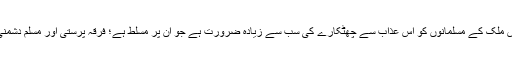
فی الحال اس ملک کے مسلمانوں کو اس عذاب سے چھٹکارے کی سب سے زیادہ ضرورت ہے جو ان پر مسلط ہے؛ فرقہ پرستی اور مسلم دشمنی کا عذاب ۔